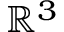
\mathbb { R } ^ { 3 }